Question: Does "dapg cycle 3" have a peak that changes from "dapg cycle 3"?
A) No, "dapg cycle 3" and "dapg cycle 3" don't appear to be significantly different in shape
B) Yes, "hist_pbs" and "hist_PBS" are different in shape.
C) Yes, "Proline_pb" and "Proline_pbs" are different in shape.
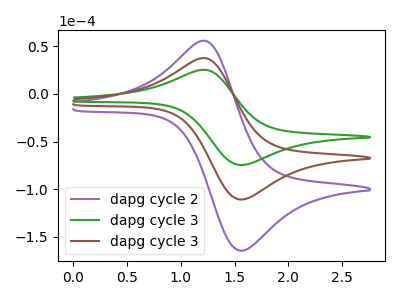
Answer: <think>The purple curve "dapg cycle 2" has an anodic peak at (1.25V, 74.90uA) and a cathodic peak at (1.55V, -221.75uA). The green curve "dapg cycle 3" has an anodic peak at (1.25V, 25.20uA) and a cathodic peak at (1.55V, -74.70uA). The brown curve "dapg cycle 3" has an anodic peak at (1.25V, 37.45uA) and a cathodic peak at (1.55V, -110.85uA).
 All the peaks in "dapg cycle 3" have a peak in "dapg cycle 3" at the same potential. Every peak in "dapg cycle 3" is lower than every peak in "dapg cycle 3".</think>
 <answer>A) No, "dapg cycle 3" and "dapg cycle 3" don't appear to be significantly different in shape</answer>
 <eval>A</eval>